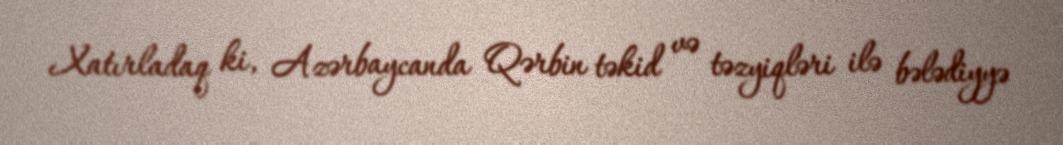
Xatırladaq ki, Azərbaycanda Qərbin təkid və təzyiqləri ilə bələdiyyə